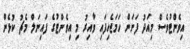
އިވެންޓުވެސް މިއަދު ފަށަން ހަމަޖެހިފައި ވާއިރު މި އިވެންޓުގެ ފައިނަލް މެޗު ކުޅެން